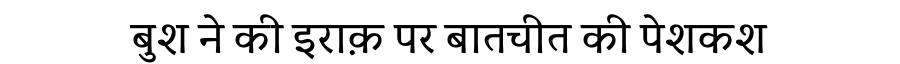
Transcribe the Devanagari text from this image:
बुश ने की इराक़ पर बातचीत की पेशकश